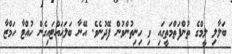
ބަލާލި ލީމްގެ ތުންފަތްމަތީގައި ވި ހިނިތުންވުން ފޭދުނެވެ. އޭނާ ބަލަހައްޓައިގެން ހުއްޓާ ހަމްޒާ